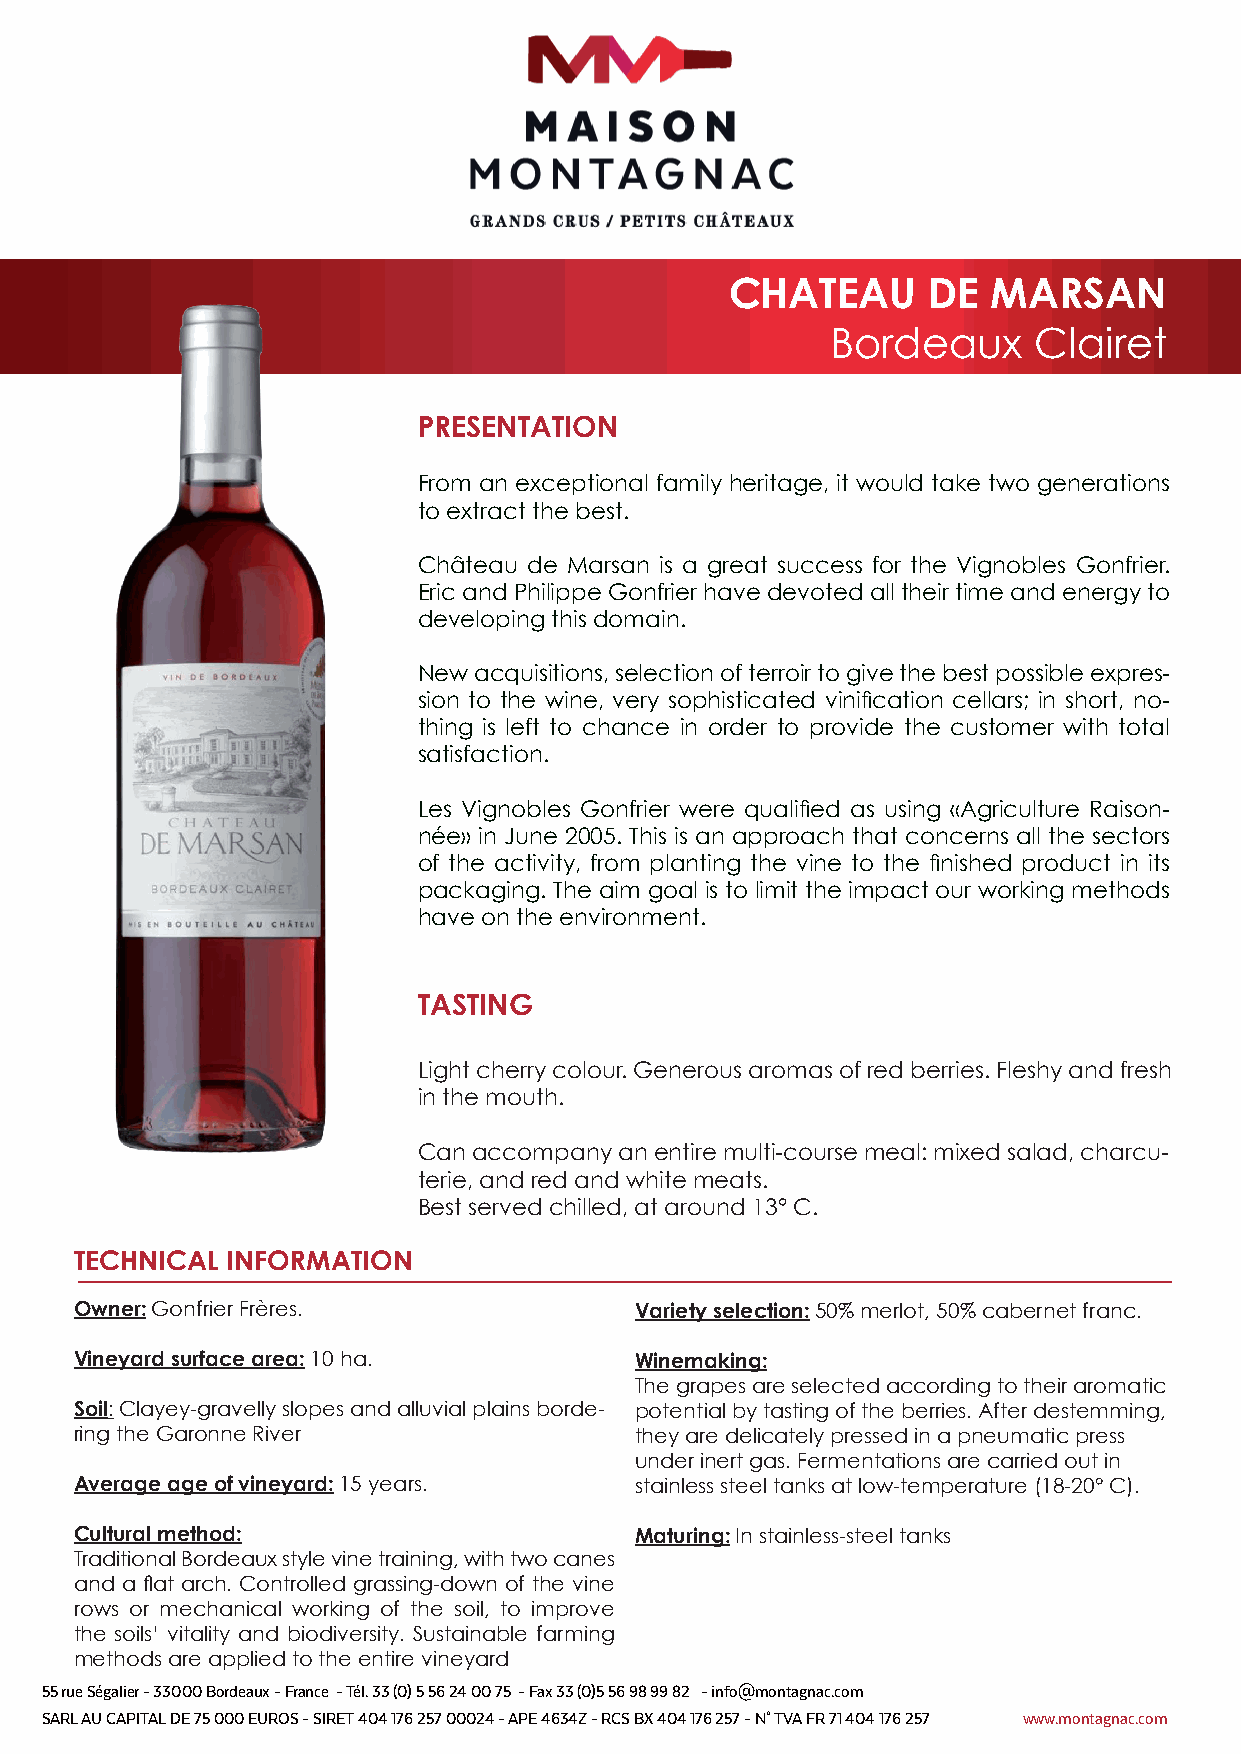
CHATEAU      DE   MARSAN
 Bordeaux     Clairet
 PRESENTATION
 From an exceptional family heritage, it would take two generations
 to extract the best.
 Château de Marsan is a great success for the Vignobles Gonfrier.
 Eric and Philippe Gonfrier have devoted all their time and energy to
 developing this domain.
 New acquisitions, selection of terroir to give the best possible expres-
 sion to the wine, very sophisticated vinification cellars; in short, no-
 thing is left to chance in order to provide the customer with total
 satisfaction.
 Les Vignobles Gonfrier were qualified as using «Agriculture Raison-
 née» in June 2005. This is an approach that concerns all the sectors
 of the activity, from planting the vine to the finished product in its
 packaging. The aim goal is to limit the impact our working methods
 have on the environment.
 TASTING
 Light cherry colour. Generous aromas of red berries. Fleshy and fresh
 in the mouth.
 Can accompany an entire multi-course meal: mixed salad, charcu-
 terie, and red and white meats.
 Best served chilled, at around 13° C.
 TECHNICAL INFORMATION
 Owner: Gonfrier Frères.              Variety selection: 50% merlot, 50% cabernet franc.
 Vineyard surface area: 10 ha.        Winemaking:
 The grapes are selected according to their aromatic
 Soil: Clayey-gravelly slopes and alluvial plains borde- potential by tasting of the berries. After destemming,
 ring the Garonne River               they are delicately pressed in a pneumatic press
 under inert gas. Fermentations are carried out in
 Average age of vineyard: 15 years.   stainless steel tanks at low-temperature (18-20° C).
 Cultural method:                     Maturing: In stainless-steel tanks
 Traditional Bordeaux style vine training, with two canes
 and a flat arch. Controlled grassing-down of the vine
 rows or mechanical working of the soil, to improve
 the soils’ vitality and biodiversity. Sustainable farming
 methods are applied to the entire vineyard
 55 rue Ségalier - 33000 Bordeaux - France - Tél. 33 (0) 5 56 24 00 75 - Fax 33 (0)5 56 98 99 82 - info@montagnac.com
 SARL AU CAPITAL DE 75 000 EUROS - SIRET 404 176 257 00024 - APE 4634Z - RCS BX 404 176 257 - N° TVA FR 71 404 176 257 www.montagnac.com